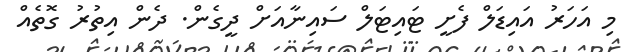
މި އަހަރު އައިޑަލް ފެށީ ޓައިޓަލް ސައިނާއަށް ދީގެން. ދެން އިތުރު ގޮތެއް